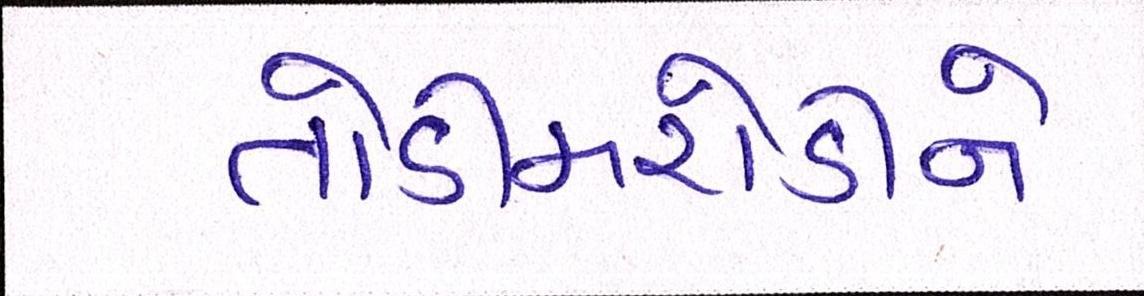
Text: તોડીમરોડીને